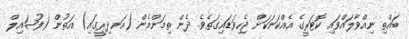
ބައްތި ނިއްވާލައްވައި ކޮޓަރީގެ އެއްކަނަކަށް ޖެހިވަޑައިގަތެވެ. ދެން ތިމަންމެން (އަނދިރީގައި) އަތުން (ފުޟައިލް